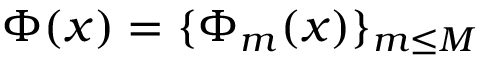
\Phi ( x ) = \{ \Phi _ { m } ( x ) \} _ { m \leq M }